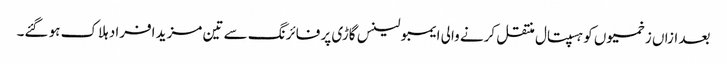
بعد ازاں زخمیوں کو ہسپتال منتقل کرنے والی ایمبولینس گاڑی پر فائرنگ سے تین مزید افراد ہلاک ہو گئے۔